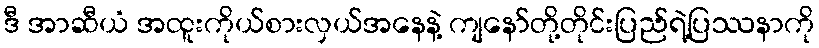
ဒီ အာဆီယံ အထူးကိုယ်စားလှယ်အနေနဲ့ ကျနော်တို့တိုင်းပြည်ရဲ့ပြဿနာကို